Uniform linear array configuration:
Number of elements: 16
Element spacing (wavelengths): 0.5
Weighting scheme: hann
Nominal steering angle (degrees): -30
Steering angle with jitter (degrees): -31.762
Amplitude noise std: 0.05
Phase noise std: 0.05

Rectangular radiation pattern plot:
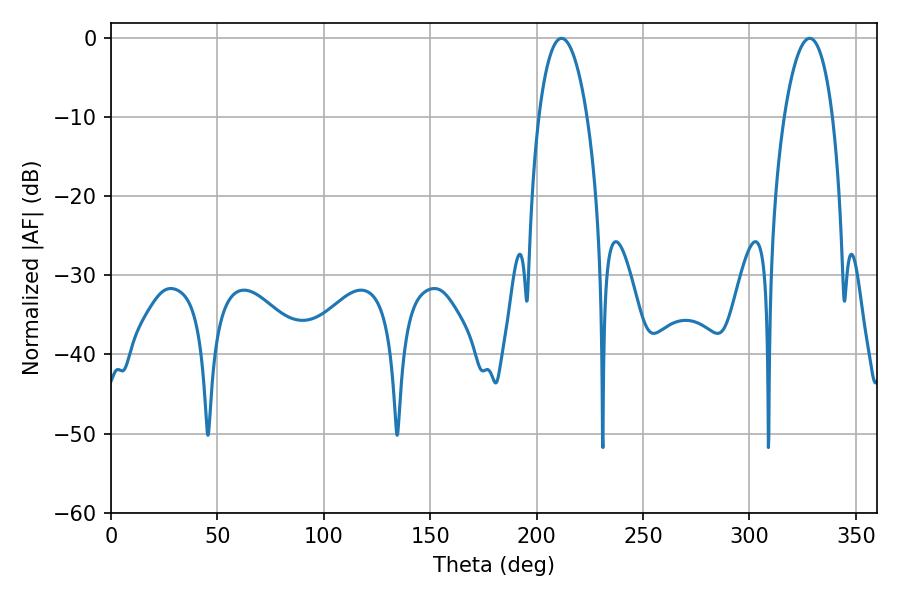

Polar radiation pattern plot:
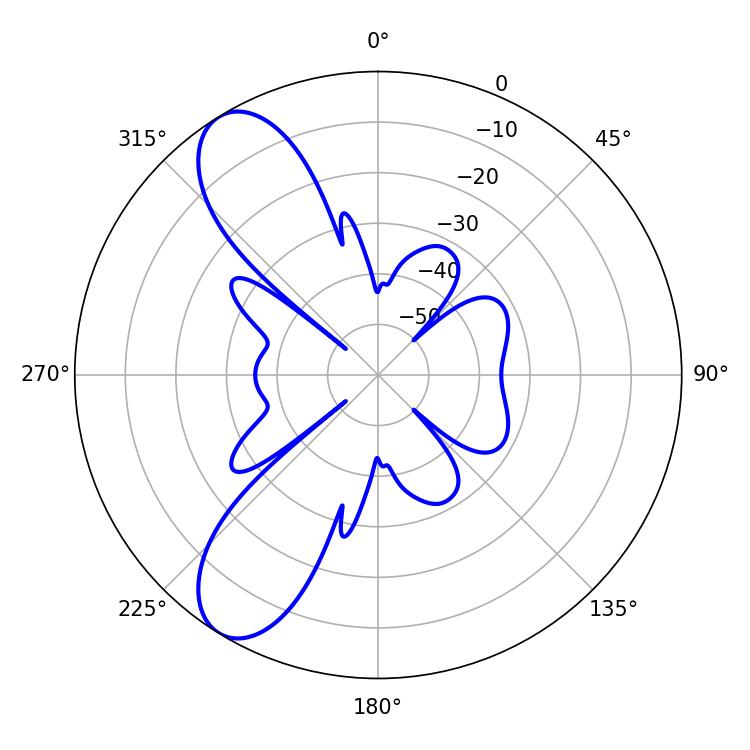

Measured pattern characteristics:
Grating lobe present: FALSE
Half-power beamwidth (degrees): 12.78
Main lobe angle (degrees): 211.68